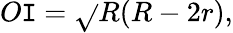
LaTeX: O\mathtt{I}={\sqrt{}{{R(R-2r)}}},